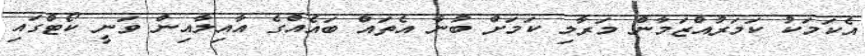
އެކަމަކު ކަމަރުއްޒަމާން މަރާލި ކަމަށް ބުނާ އެތައް ބައެއްގެ އާއިލާއިން ވަނީ ކޯޓްގައި